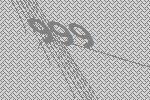
999